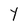
Character: Y